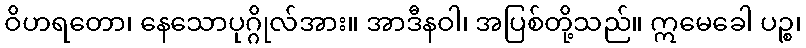
ဝိဟရတော၊ နေသောပုဂ္ဂိုလ်အား။ အာဒီနဝါ၊ အပြစ်တို့သည်။ ဣမေခေါ ပဉ္စ၊